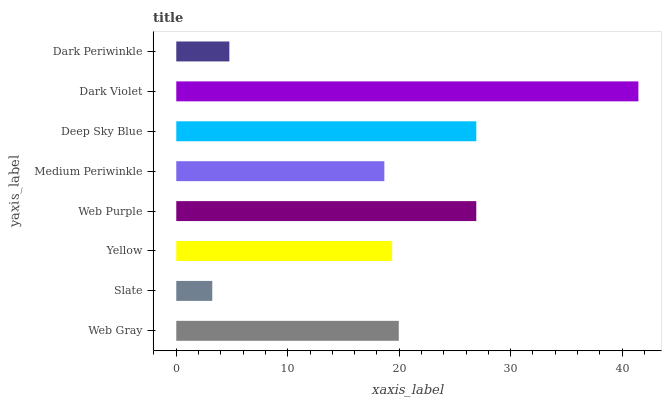
| yaxis_label | bars |
 | --- | --- |
 | Web Gray | 20 |
 | Slate | 3.23 |
 | Yellow | 19.4 |
 | Web Purple | 26.9 |
 | Medium Periwinkle | 18.7 |
 | Deep Sky Blue | 26.9 |
 | Dark Violet | 41.5 |
 | Dark Periwinkle | 4.76 |